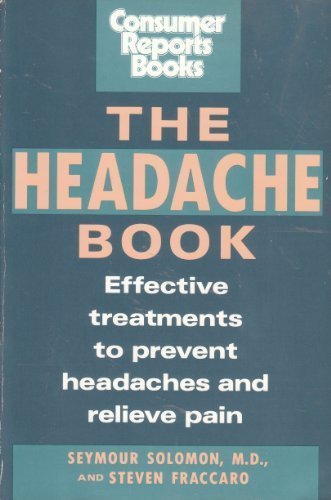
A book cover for The Headache Book; Seymour Soloman; Health, Fitness & Dieting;